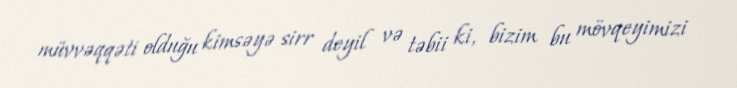
müvvəqqəti olduğu kimsəyə sirr deyil və təbii ki, bizim bu mövqeyimizi